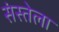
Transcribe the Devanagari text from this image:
संस्तेला